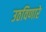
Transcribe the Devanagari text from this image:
उठविणारे